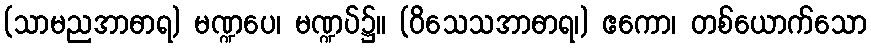
(သာမညအာဓာရ) မဏ္ဍပေ၊ မဏ္ဍပ်၌။ (ဝိသေသအာဓာရ၊) ဧကော၊ တစ်ယောက်သော